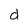
Character: d